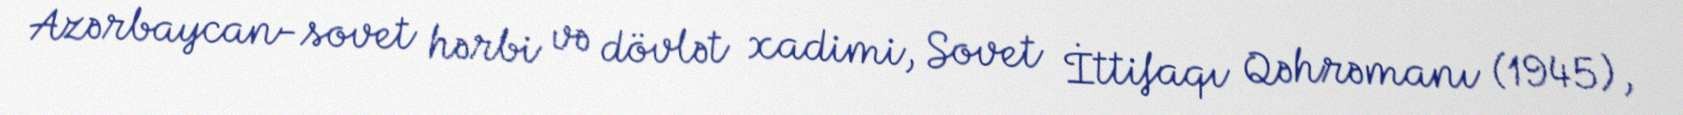
Azərbaycan-sovet hərbi və dövlət xadimi, Sovet İttifaqı Qəhrəmanı (1945),